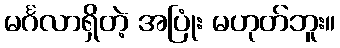
မင်္ဂလာရှိတဲ့ အပြုံး မဟုတ်ဘူး။